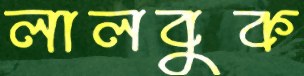
লালবুক